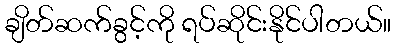
ချိတ်ဆက်ခွင့်ကို ရပ်ဆိုင်းနိုင်ပါတယ်။